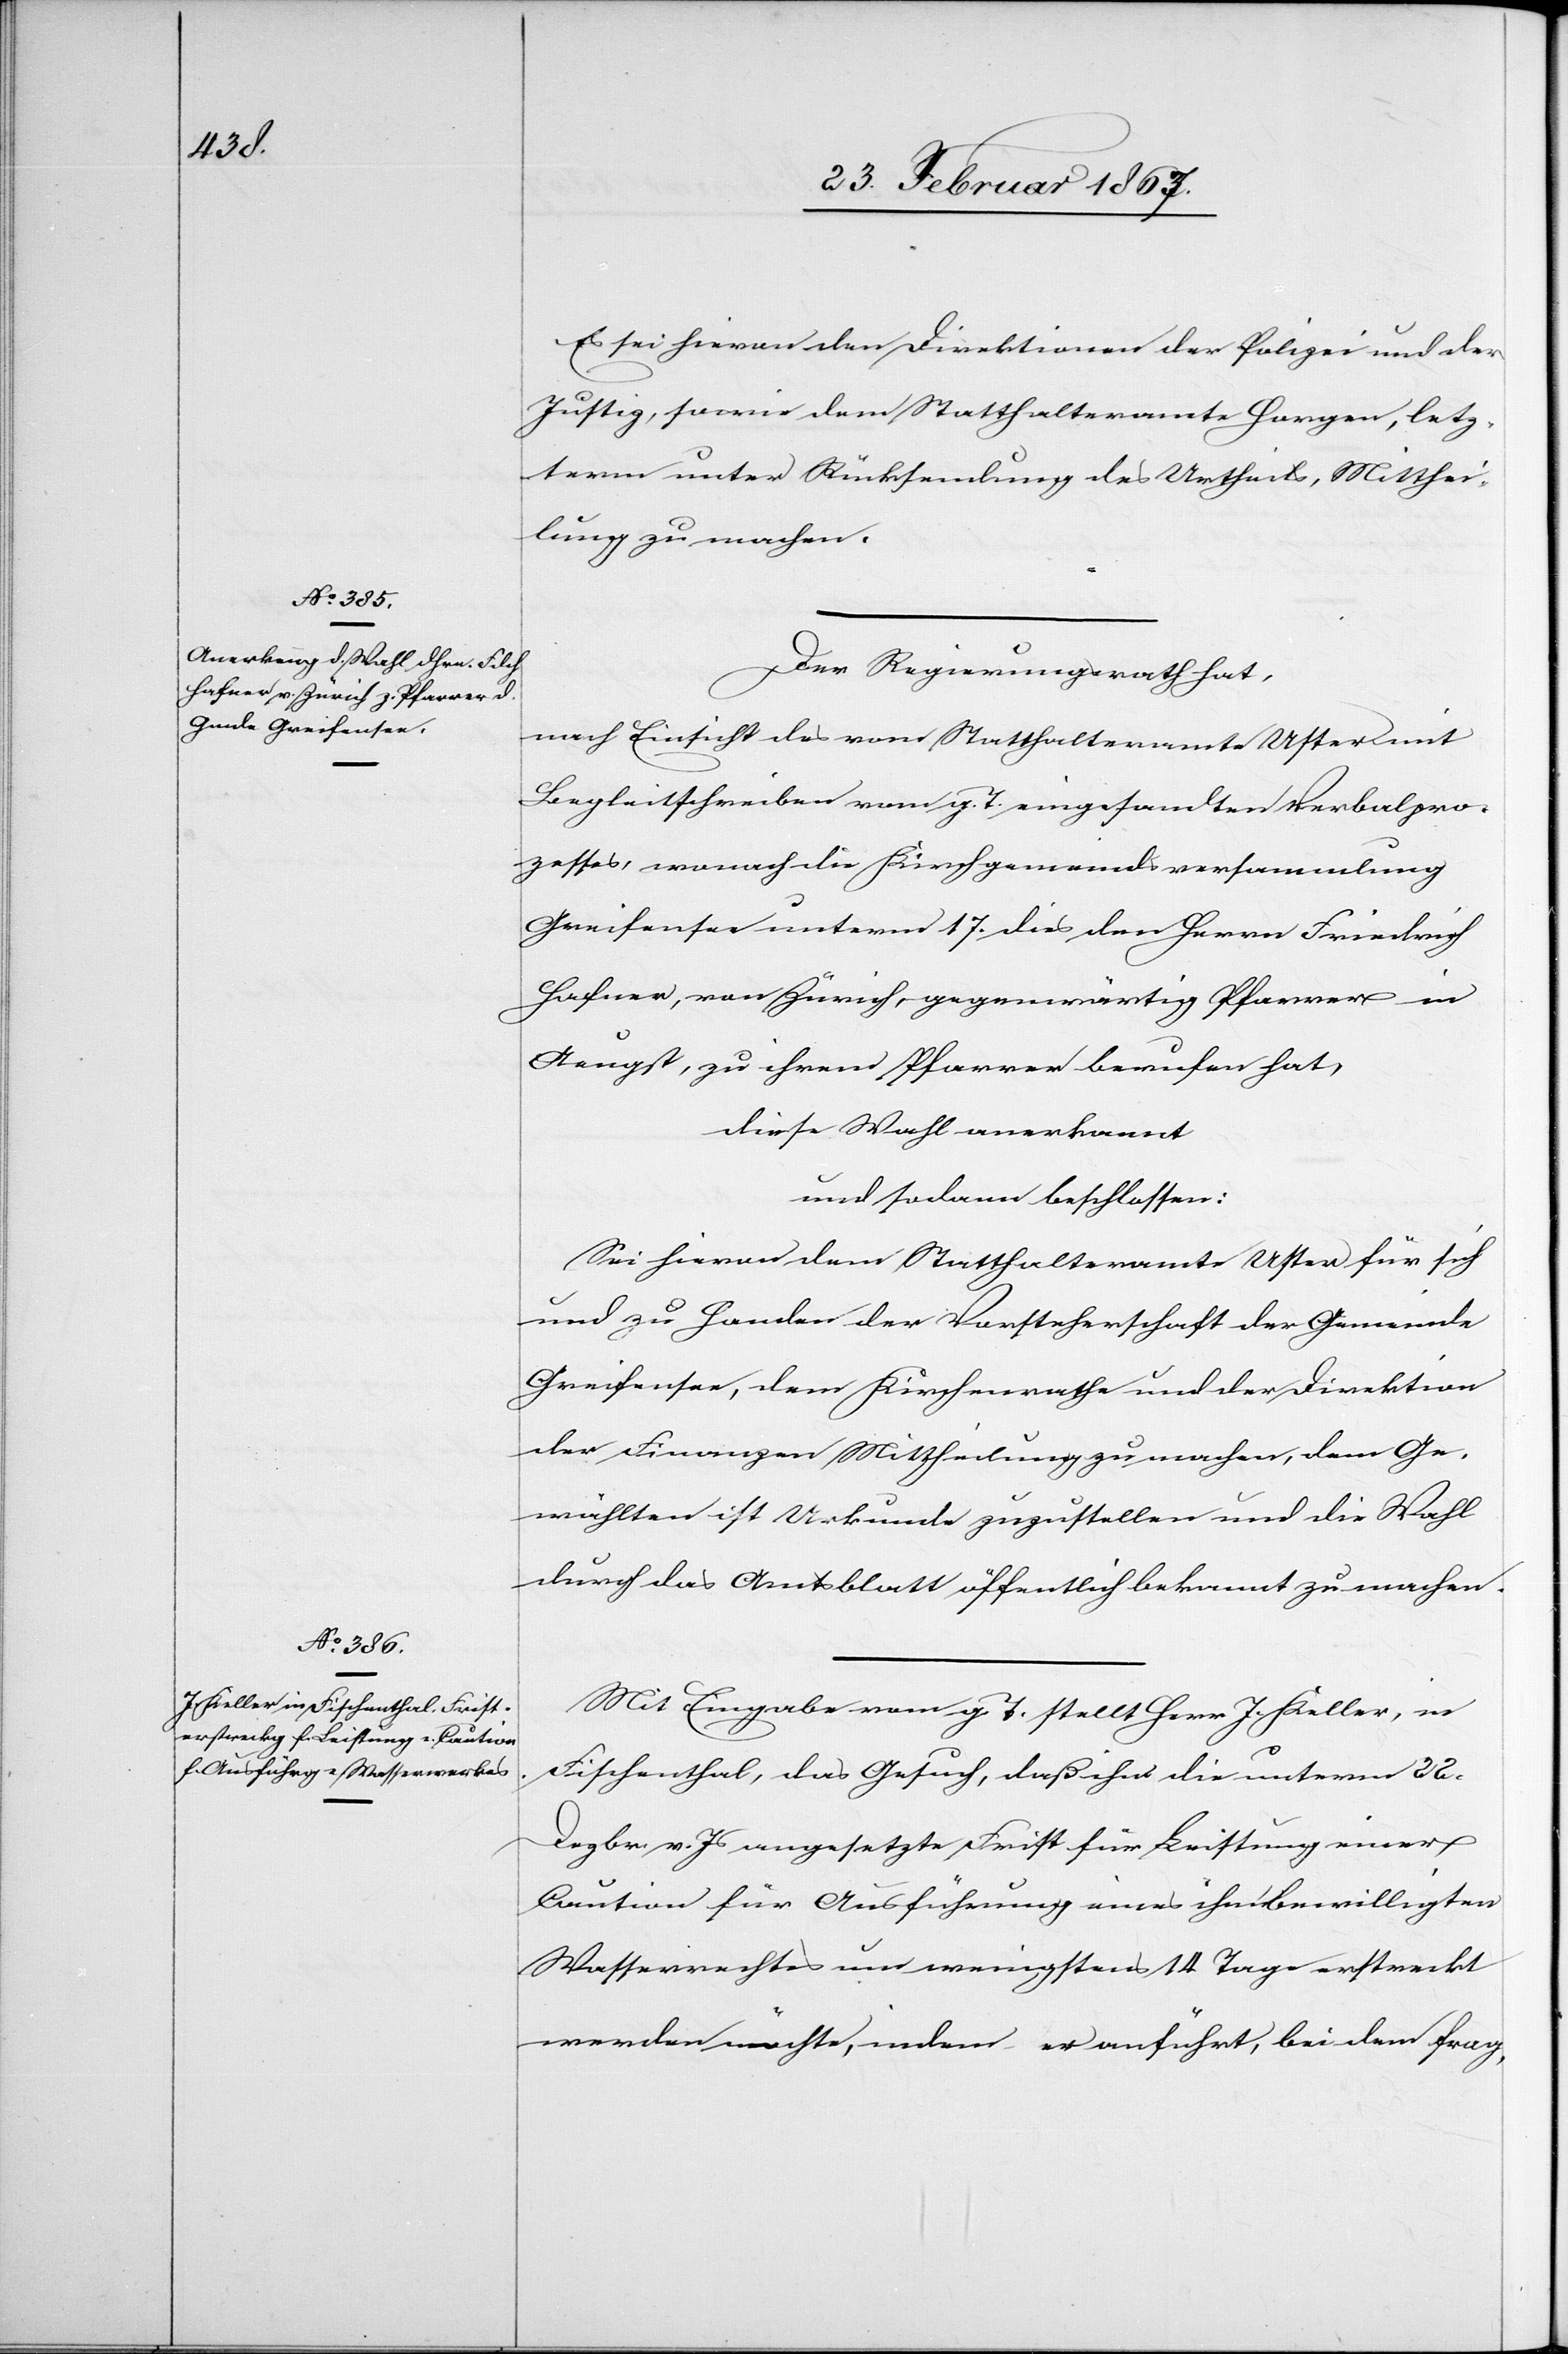
Es sei hievon den Direktionen der Polizei und der
Justiz, sowie dem Statthalteramte Horgen, letz¬
term unter Rücksendung des Urtheils, Mitthei¬
lung zu machen.
Der Regierungsrath hat,
nach Einsicht des vom Statthalteramte Uster mit
Begleitschreiben vom g. T. eingesandten Verbalpro¬
zesses, wonach die Kirchgemeindsversammlung
Greifensee unterm 17. dies den Herrn Friedrich
Hafner, von Zürich, gegenwärtig Pfarrer in
Aeugst, zu ihrem Pfarrer berufen hat,
diese Wahl anerkannt
und sodann beschlossen:
Sei hievon dem Statthalteramte Uster für sich
und zu Handen der Vorsteherschaft der Gemeinde
Greifensee, dem Kirchenrathe und der Direktion
der Finanzen Mittheilung zu machen, dem Ge¬
wählten ist Urkunde zuzustellen und die Wahl
durch das Amtsblatt öffentlich bekannt zu machen.
Mit Eingabe vom g. T. stellt Herr J. Keller, in
Fischenthal, das Gesuch, daß ihm die unterm 22.
Dezbr. v. Js angesetzte Frist für Leistung einer
Caution für Ausführung eines ihm bewilligten
Wasserrechtes um wenigstens 14 Tage erstreckt
werden möchte, indem er anführt, bei dem frag-